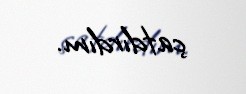
çatdırdım.